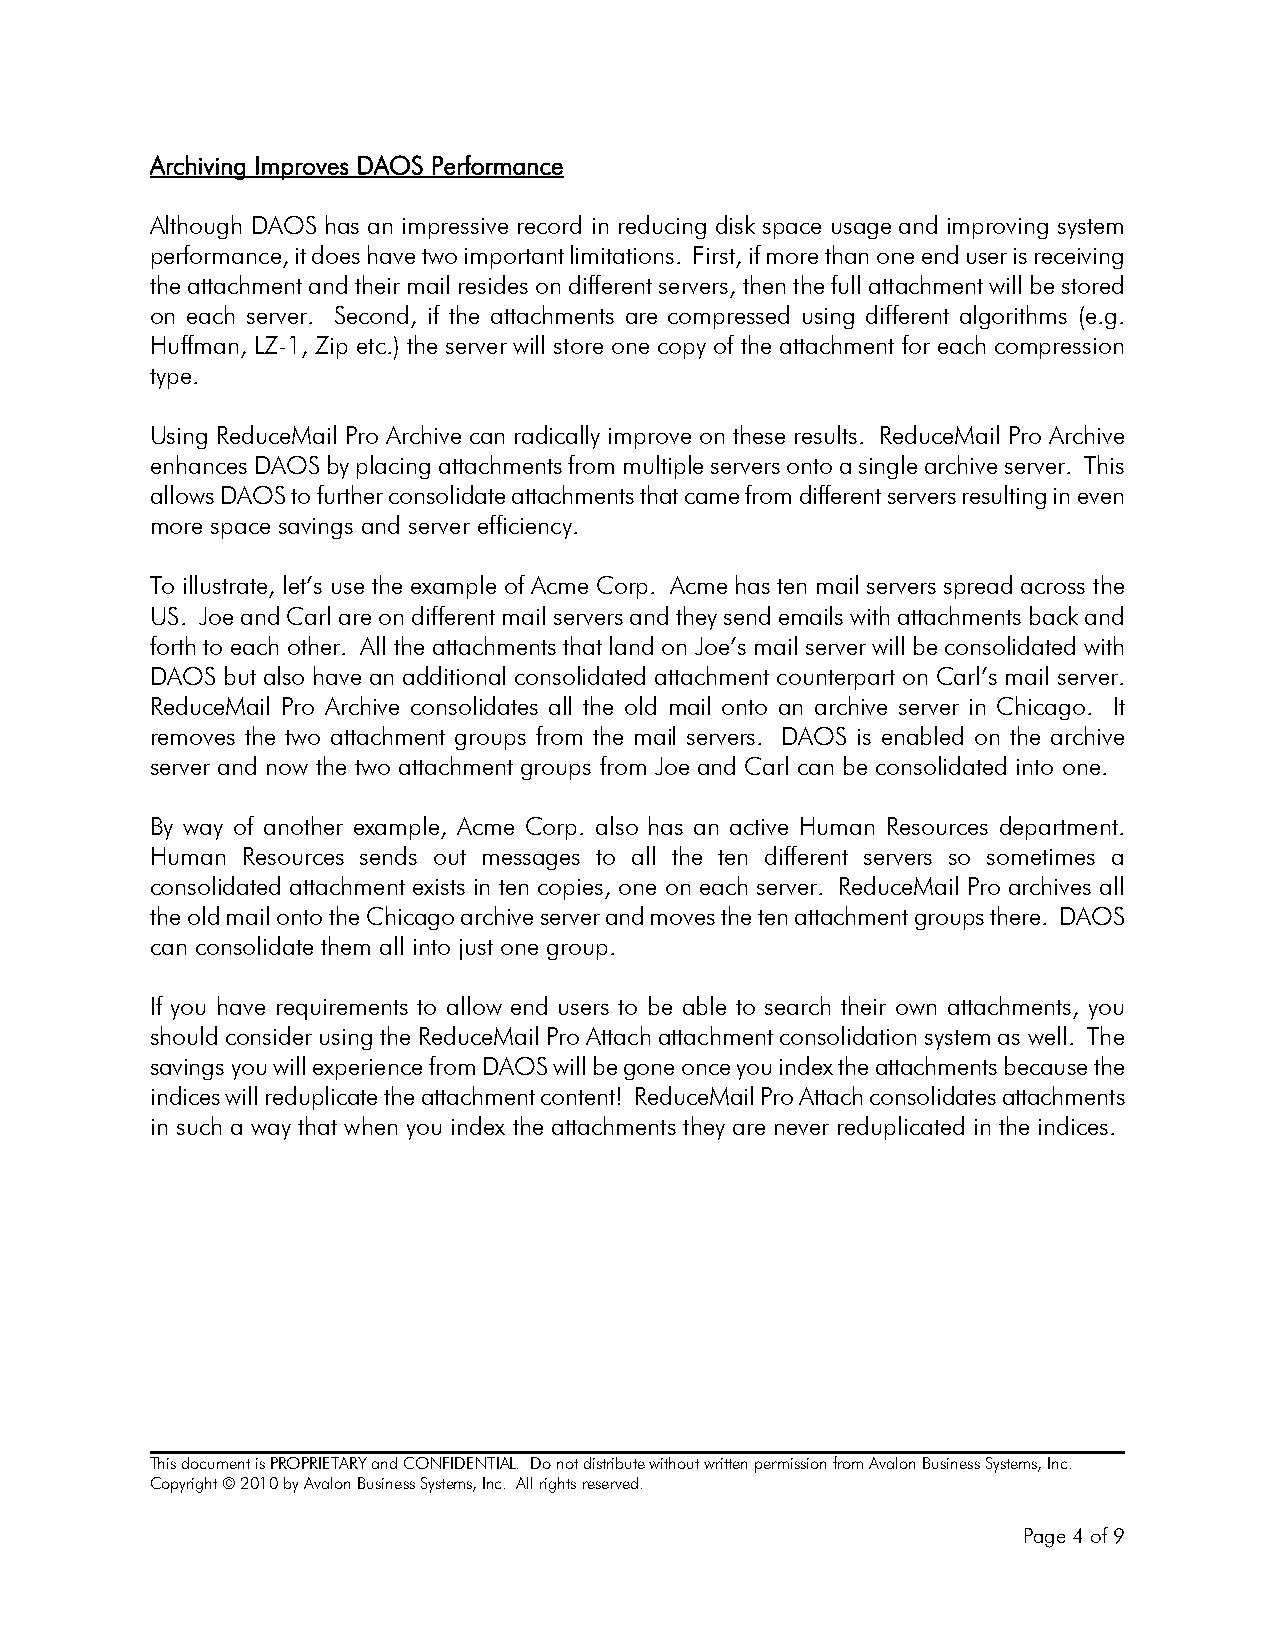
Archiving Improves DAOS Performance
 Although DAOS has an impressive record in reducing disk space usage and improving system
 performance, it does have two important limitations. First, if more than one end user is receiving
 the attachment and their mail resides on different servers, then the full attachment will be stored
 on each server. Second, if the attachments are compressed using different algorithms (e.g.
 Huffman, LZ-1, Zip etc.) the server will store one copy of the attachment for each compression
 type.
 Using ReduceMail Pro Archive can radically improve on these results. ReduceMail Pro Archive
 enhances DAOS by placing attachments from multiple servers onto a single archive server. This
 allows DAOS to further consolidate attachments that came from different servers resulting in even
 more space savings and server efficiency.
 To illustrate, let’s use the example of Acme Corp. Acme has ten mail servers spread across the
 US. Joe and Carl are on different mail servers and they send emails with attachments back and
 forth to each other. All the attachments that land on Joe’s mail server will be consolidated with
 DAOS but also have an additional consolidated attachment counterpart on Carl’s mail server.
 ReduceMail Pro Archive consolidates all the old mail onto an archive server in Chicago. It
 removes the two attachment groups from the mail servers. DAOS is enabled on the archive
 server and now the two attachment groups from Joe and Carl can be consolidated into one.
 By way of another example, Acme Corp. also has an active Human Resources department.
 Human Resources sends out messages to all the ten different servers so sometimes a
 consolidated attachment exists in ten copies, one on each server. ReduceMail Pro archives all
 the old mail onto the Chicago archive server and moves the ten attachment groups there. DAOS
 can consolidate them all into just one group.
 If you have requirements to allow end users to be able to search their own attachments, you
 should consider using the ReduceMail Pro Attach attachment consolidation system as well. The
 savings you will experience from DAOS will be gone once you index the attachments because the
 indices will reduplicate the attachment content! ReduceMail Pro Attach consolidates attachments
 in such a way that when you index the attachments they are never reduplicated in the indices.
 This document is PROPRIETARY and CONFIDENTIAL. Do not distribute without written permission from Avalon Business Systems, Inc.
 Copyright © 2010 by Avalon Business Systems, Inc. All rights reserved.
 Page 4 of 9